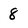
Character: 8